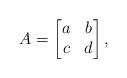
LaTeX: \begin{align*}A = \begin{bmatrix}a & b\\c & d\end{bmatrix},\end{align*}